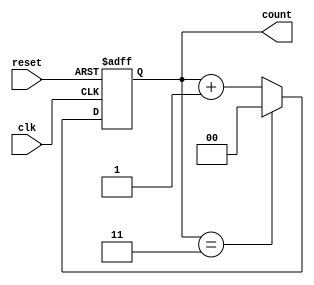
module mod_n_async_counter #(parameter N = 4) (
    input wire clk,          // Clock input
    input wire reset,        // Asynchronous reset
    output reg [k-1:0] count // Counter output
);

    // Calculate the number of bits required for the counter
    localparam k = $clog2(N); // Number of flip-flops needed

    // Always block for the counter logic
    always @(posedge clk or posedge reset) begin
        if (reset) begin
            // Asynchronous reset
            count <= 0;
        end else begin
            // Increment the counter
            if (count == N-1) begin
                count <= 0; // Reset to 0 when reaching N
            end else begin
                count <= count + 1; // Increment counter
            end
        end
    end

endmodule